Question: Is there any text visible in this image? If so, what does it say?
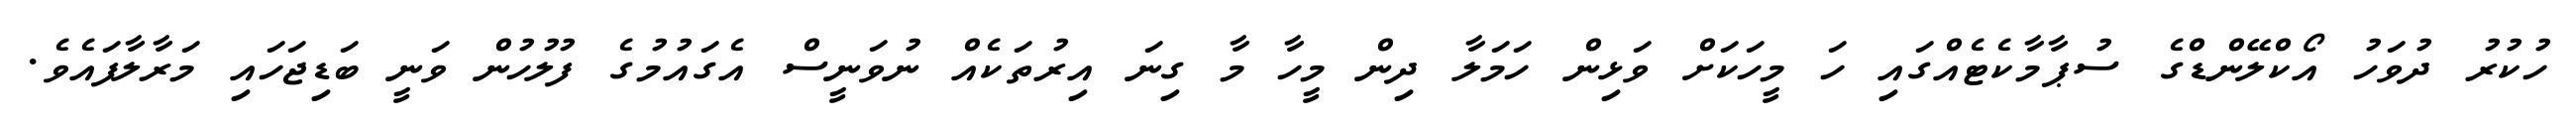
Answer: ހުކުރު ދުވަހު އޯކްލޭންޑްގެ ސުޕާމާކެޓެއްގައި ހަ މީހަކަށް ވަޅިން ހަމަލާ ދިން މީހާ މާ ގިނަ އިރުތަކެއް ނުވަނީސް އެގައުމުގެ ފުލުހުން ވަނީ ބަޑިޖަހައި މަރާލާފައެވެ.